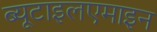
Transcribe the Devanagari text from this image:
ब्यूटाइलएमाइन